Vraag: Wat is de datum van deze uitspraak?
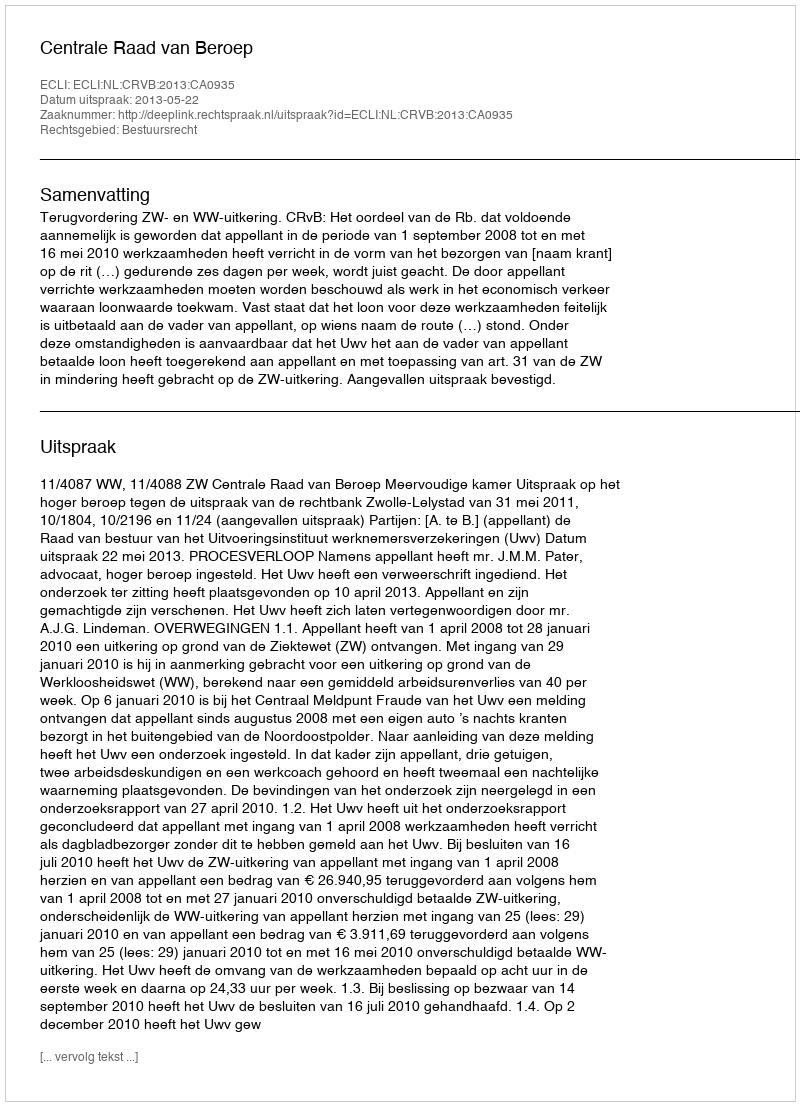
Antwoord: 2013-05-22